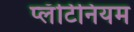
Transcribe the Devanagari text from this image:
प्लॅटिनियम